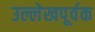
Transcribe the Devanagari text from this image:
उल्लेखपूर्वक